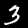
Label: 3